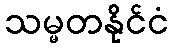
သမ္မတနိုင်ငံ